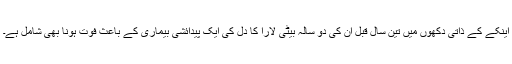
اینکے کے ذاتی دکھوں میں تین سال قبل ان کی دو سالہ بیٹی لارا کا دل کی ایک پیدائشی بیماری کے باعث فوت ہونا بھی شامل ہے۔